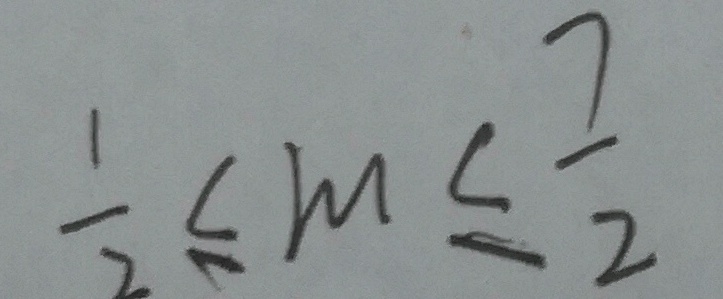
\frac { 1 } { 2 } \leq m \leq \frac { 7 } { 2 }